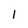
Character: l